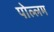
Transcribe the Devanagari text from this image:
पोल्लम